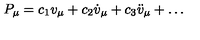
P _ { \mu } = c _ { 1 } v _ { \mu } + c _ { 2 } { \dot { v } } _ { \mu } + c _ { 3 } { \ddot { v } } _ { \mu } + \ldots